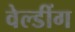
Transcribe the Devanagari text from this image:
वेल्डींग